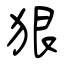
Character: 狠